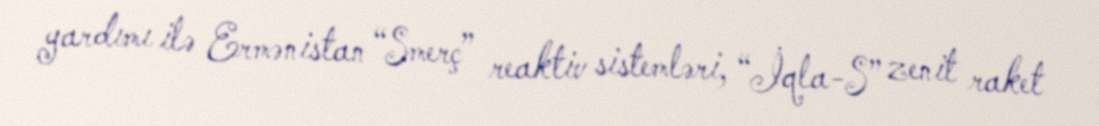
yardımı ilə Ermənistan “Smerç” reaktiv sistemləri, “İqla-S” zenit raket